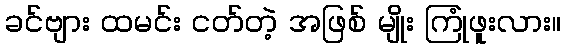
ခင်ဗျား ထမင်း ငတ်တဲ့ အဖြစ် မျိုး ကြုံဖူးလား။